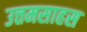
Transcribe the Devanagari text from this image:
उत्तमसाहस